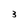
Character: 3